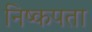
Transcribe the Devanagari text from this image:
निष्कपता